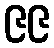
၉၉